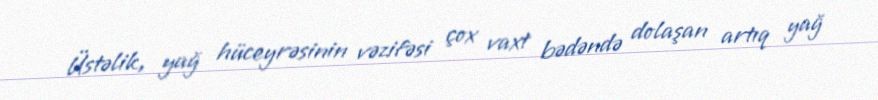
Üstəlik, yağ hüceyrəsinin vəzifəsi çox vaxt bədəndə dolaşan artıq yağ